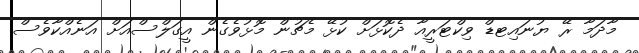
މާދަމާ ރޭ ޔުނައިޓޑް ވިކްޓަރީއާ ދެކޮޅަށް ކުޅޭ މެޗުން މޮޅުވެގެން އީގަލްސްއަށް އަނެއްކާވެސް